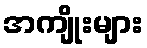
အကျိုးများ